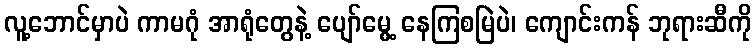
လူ့ဘောင်မှာပဲ ကာမဂုံ အာရုံတွေနဲ့ ပျော်မွေ့ နေကြစမြဲပဲ၊ ကျောင်းကန် ဘုရားဆီကို